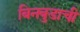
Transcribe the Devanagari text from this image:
बिनबुडाची